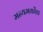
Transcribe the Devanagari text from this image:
मन्यमकोंडा